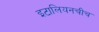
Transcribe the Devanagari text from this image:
इटालियनचीच